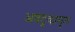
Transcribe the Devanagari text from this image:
अवटुकामूल